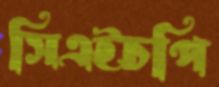
সিএইচপি